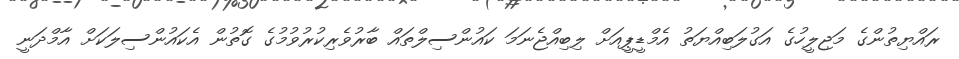
ރައްޔިތުންގެ މަޖިލީހުގެ އަގުލަބިއްޔަތު އެމްޑީޕީއަށް ލިބިއްޖެނަމަ ކައުންސިލްތައް ބާރުވެރިކުރުވުމުގެ ގޮތުން އެކައުންސިލަކަށް އާމްދަނީ